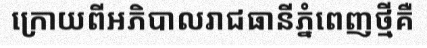
ក្រោយពីអភិបាលរាជធានីភ្នំពេញថ្មីគឺ